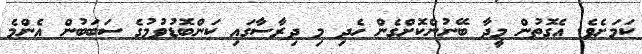
ކަމަށެވެ. އެގޮތުން މީދާ ބޭނުންކޮށްގެން ހެދި މި ދިރާސާގައި ކަންބޮޑުވުމުގެ ސަބަބުން އެންމެ